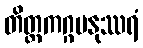
တိတ္တကဂ္ဂမနုဿရံ